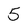
Character: 5